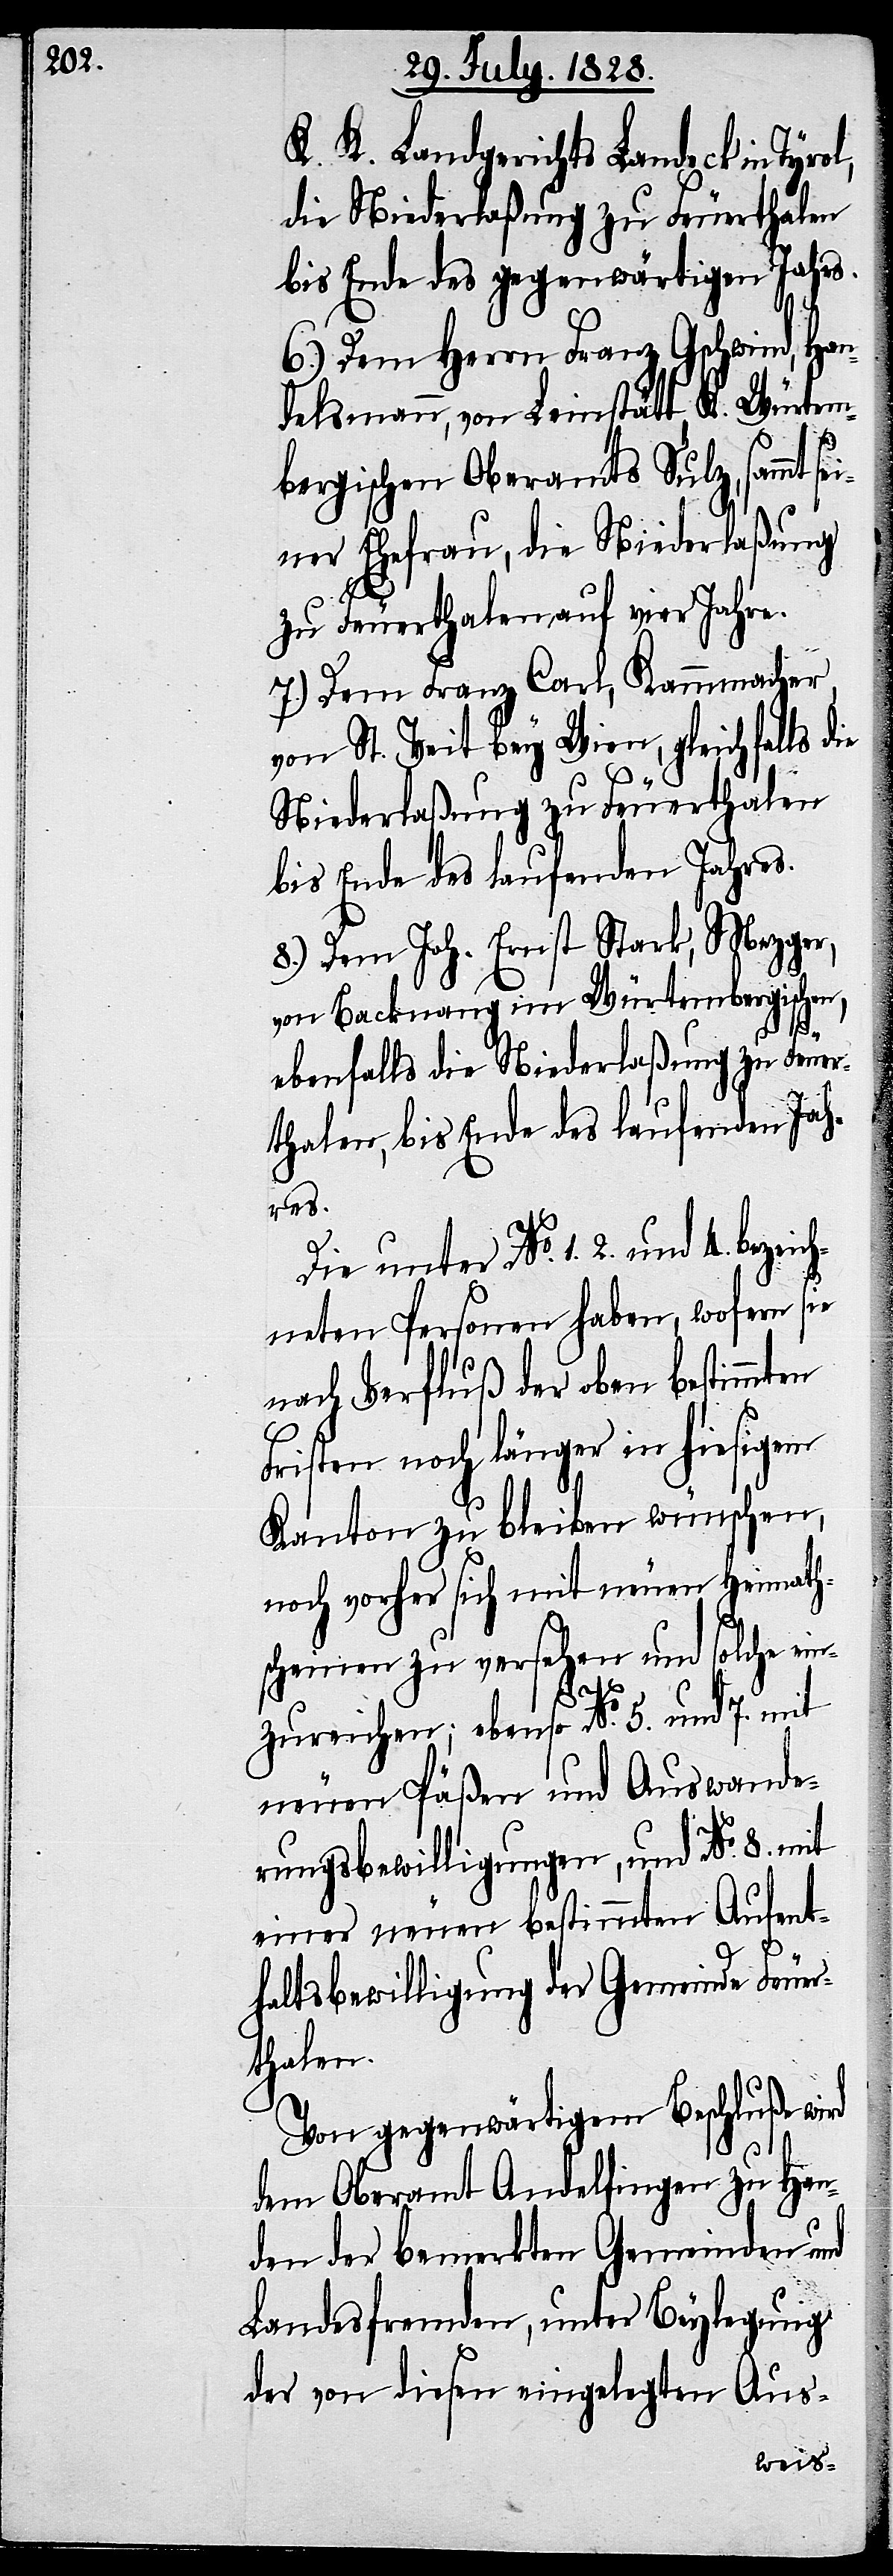
K. K. Landesgerichts Landeck in Tyr¬
die Niederlaßung zu Feuerthalen
bis Ende des gegenwärtigen Jahres.
6.) Dem Herrn Franz Gschwind, Han¬
delsmann, von Leimstädt, K. Würtem¬
bergischen Oberamts Sulz, sammt se¬
iner Ehefrau, die Niederlaßung
zu Feuerthalen auf vier Jahre.
7.) Dem Franz Carl, Kammmacher,
von St. Veit bey Wien, gleichfalls
bis Ende des laufenden Jahres.
8.) Dem Joh. Ernst Stark, Mezger,
von Backnang im Würtembergischen,
ebenfalls die Niederlaßung zu Feuer¬
thalen, bis Ende des laufenden Jah¬
res.
Die unter No. 1. 2. und
neten Personen haben, wofern sie
nach Verfluß der oben bestimmten
Fristen noch länger in hiesigem
Kanton zu bleiben wünschen,
noch vorher sich mit neuen Heimath¬
scheinen zu versehen und solche ein¬
4.
zureichen; ebenso No. 5. und 7. mit
neuen Päßen und Auswande¬
rungsbewilligungen, und No. 8. mit
einer neuen bestimmten Aufent¬
haltsbewilligung der Gemeinde Feuer¬
thalen.
Von gegenwärtigem Beschluße wird
dem Oberamt Andelfingen zu Han¬
den der bemerkten Gemeinden und
Landesfremden, unter Beylegung
der von diesen eingelegten Aus-
bezeich¬